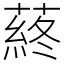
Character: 蔠